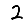
Digit: 2